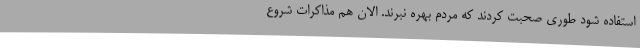
استفاده شود طوری صحبت کردند که مردم بهره نبرند. الان هم مذاکرات شروع